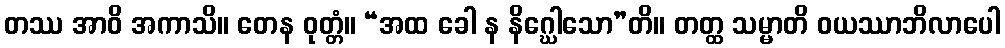
တဿ အာဝိ အကာသိ။ တေန ဝုတ္တံ။ “အထ ခေါ န နိဂ္ဃေါသော”တိ။ တတ္ထ သမ္မာတိ ဝယဿာဘိလာပေါ